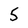
Character: 5